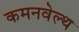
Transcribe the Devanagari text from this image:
कमनवेल्थ